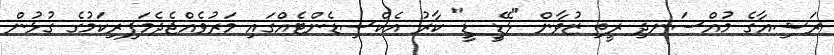
ރަޝިއާގެ މުއްސަނދި ރީތި ޒުވާން "ލޭޑީ ޑީ" ކާރު އެކްސިޑެންޓެއްގައި މަރުވެއްޖެދެމަފިރިކަމުގެ ގުޅުން